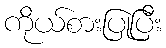
ကိုယ်စားပြုပြီး